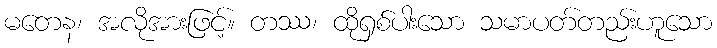
မတေန၊ အလိုအားဖြင့်။ တဿ၊ ထိုရှစ်ပါးသော သမာပတ်တည်းဟူသော